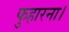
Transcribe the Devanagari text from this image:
फुहारना।